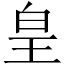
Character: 皇